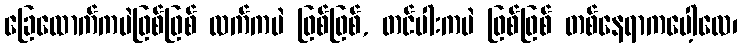
ခြေထောက်ကပဲဖြစ်ဖြစ် လက်ကပဲ ဖြစ်ဖြစ်, တင်ပါးကပဲ ဖြစ်ဖြစ် တစ်နေရာကပေါ့လေ၊